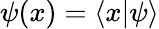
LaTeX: \psi(x)=\langle x|\psi\rangle